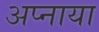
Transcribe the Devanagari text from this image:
अप्नाया